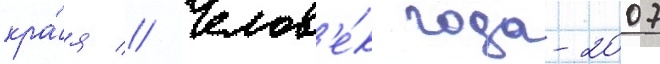
кра́я // Челов'е́к года-2007